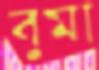
বুমা